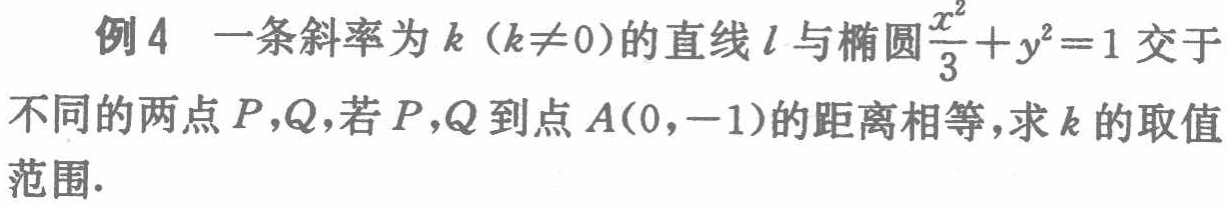
例4 一条斜率为\(k（k\neq0）\)的直线\(l\)与椭圆\(\frac{x^{2}}{3}+y^{2}=1\)交于不同的两点\(P,Q\)，若\(P,Q\)到点\(A(0,-1)\)的距离相等，求\(k\)的取值范围.